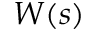
W ( s )